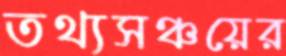
তথ্যসঞ্চয়ের